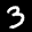
Label: 3